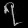
Digit: ၇